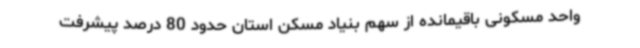
واحد مسکونی باقیمانده از سهم بنیاد مسکن استان حدود 80 درصد پیشرفت